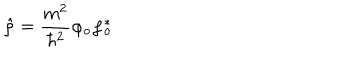
\hat { \rho } = \frac { m ^ { 2 } } { \hbar ^ { 2 } } \varphi _ { o } \varphi _ { o } ^ { * }